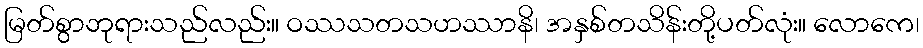
မြတ်စွာဘုရားသည်လည်း။ ဝဿသတသဟဿာနိ၊ အနှစ်တသိန်းတို့ပတ်လုံး။ လောကေ၊